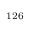
^ { 1 2 6 }